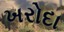
ખરોદા